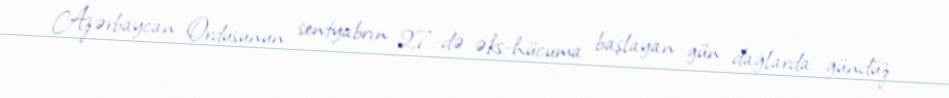
Azərbaycan Ordusunun sentyabrın 27-də əks-hücuma başlayan gün dağlarda gündüz